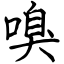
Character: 嗅